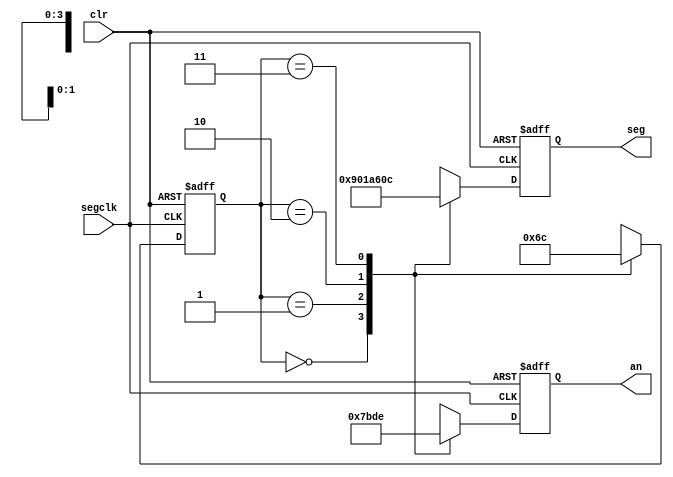
`timescale 1ns / 1ps

module seven_seg_display(
	input wire segclk,		//7-segment clock
	input wire clr,			//asynchronous reset
	output reg [6:0] seg,	//7-segment display LEDs
	output reg [3:0] an		//7-segment display anode enable
	);

// constants for displaying letters on display
parameter N = 7'b1001000;
parameter E = 7'b0000110;
parameter R = 7'b1001100;
parameter P = 7'b0001100;

// Finite State Machine (FSM) states
parameter left = 2'b00;
parameter midleft = 2'b01;
parameter midright = 2'b10;
parameter right = 2'b11;

// state register
reg [1:0] state;

// FSM which cycles though every digit of the display every 2.62ms.
// This should be fast enough to trick our eyes into seeing that
// all four digits are on display at the same time.
always @(posedge segclk or posedge clr)
begin
	// reset condition
	if (clr == 1)
	begin
		seg <= 7'b1111111;
		an <= 7'b1111;
		state <= left;
	end
	// display the character for the current position
	// and then move to the next state
	else
	begin
		case(state)
			left:
			begin
				seg <= N;
				an <= 4'b0111;
				state <= midleft;
			end
			midleft:
			begin
				seg <= E;
				an <= 4'b1011;
				state <= midright;
			end
			midright:
			begin
				seg <= R;
				an <= 4'b1101;
				state <= right;
			end
			right:
			begin
				seg <= P;
				an <= 4'b1110;
				state <= left;
			end
		endcase
	end
end

endmodule